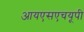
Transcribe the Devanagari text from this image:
आयएसएचयूपी